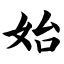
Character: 始